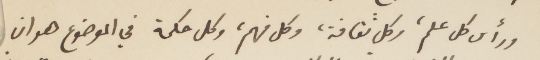
ورأى كل علم، وكل ثقافة، وكل فهم، وكل حكمة في الموضوع هو ان